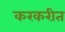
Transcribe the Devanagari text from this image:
करकरीत